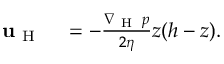
\begin{array} { r l } { \mathbf { u } _ { \mathrm { ~ H ~ } } } & { { } = - \frac { \nabla _ { \mathrm { ~ H ~ } } \, p } { 2 \eta } z ( h - z ) . } \end{array}